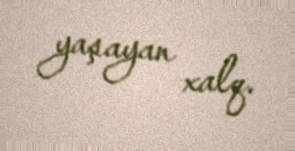
yaşayan xalq.